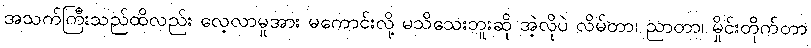
အသက်ကြီးသည်ထိလည်း လေ့လာမှုအား မကောင်းလို့ မသိသေးဘူးဆို အဲ့လိုပဲ လိမ်တာ၊ ညာတာ၊ မှိုင်းတိုက်တာ